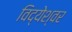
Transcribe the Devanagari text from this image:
विद्येश्वर